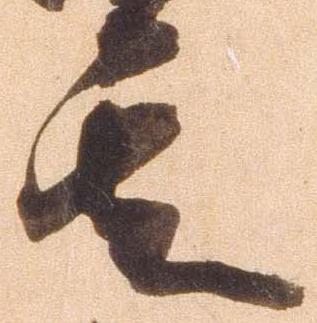
其